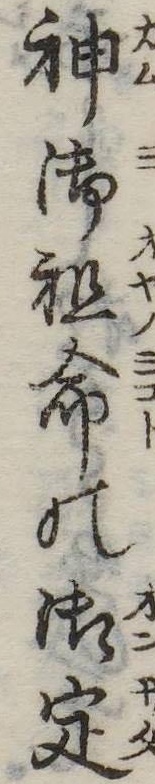
神御祖命の御定